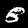
Label: 8